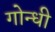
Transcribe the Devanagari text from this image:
गोन्धी